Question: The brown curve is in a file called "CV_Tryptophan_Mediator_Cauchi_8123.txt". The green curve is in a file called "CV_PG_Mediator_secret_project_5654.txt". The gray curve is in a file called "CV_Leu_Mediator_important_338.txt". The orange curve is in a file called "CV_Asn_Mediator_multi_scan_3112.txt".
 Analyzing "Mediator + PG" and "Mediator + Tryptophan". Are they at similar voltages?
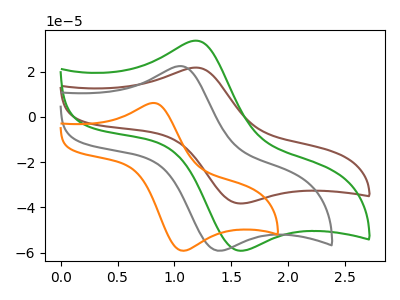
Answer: <think>The brown curve "Mediator + Tryptophan" has an anodic peak at (1.20V, 21.80uA) and a cathodic peak at (1.55V, -38.25uA). The green curve "Mediator + PG" has an anodic peak at (1.20V, 33.65uA) and a cathodic peak at (1.55V, -59.15uA). The gray curve "Mediator + Leu" has an anodic peak at (1.05V, 22.45uA) and a cathodic peak at (1.40V, -59.15uA). The orange curve "Mediator + Asn" has an anodic peak at (0.80V, 6.15uA) and a cathodic peak at (1.10V, -59.10uA).
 All the peaks in "Mediator + PG" have a peak in "Mediator + Tryptophan" at the same potential. Every peak in "Mediator + PG" is higher than every peak in "Mediator + Tryptophan".</think>
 <answer>"Mediator + PG" and "Mediator + Tryptophan" are similar in shape.</answer>
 <eval>same_shape</eval>